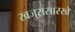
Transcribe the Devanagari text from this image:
खजुरासारखे